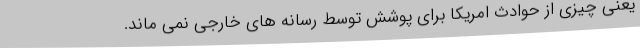
یعنی چیزی از حوادث امریکا برای پوشش توسط رسانه های خارجی نمی ماند.